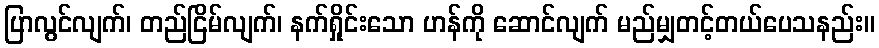
ပြာလွင်လျက်၊ တည်ငြိမ်လျက်၊ နက်ရှိုင်းသော ဟန်ကို ဆောင်လျက် မည်မျှတင့်တယ်ပေသနည်း။